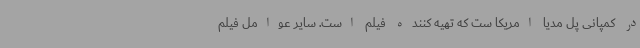
در کمپانی پل مدیا امریکا ست که تهیه کننده فیلم است. سایر عوامل فیلم